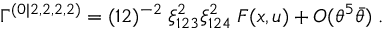
\Gamma ^ { ( 0 | 2 , 2 , 2 , 2 ) } = ( 1 2 ) ^ { - 2 } \; { \xi _ { 1 2 3 } ^ { 2 } \xi _ { 1 2 4 } ^ { 2 } } \; F ( x , u ) + O ( \theta ^ { 5 } \bar { \theta } ) \; .